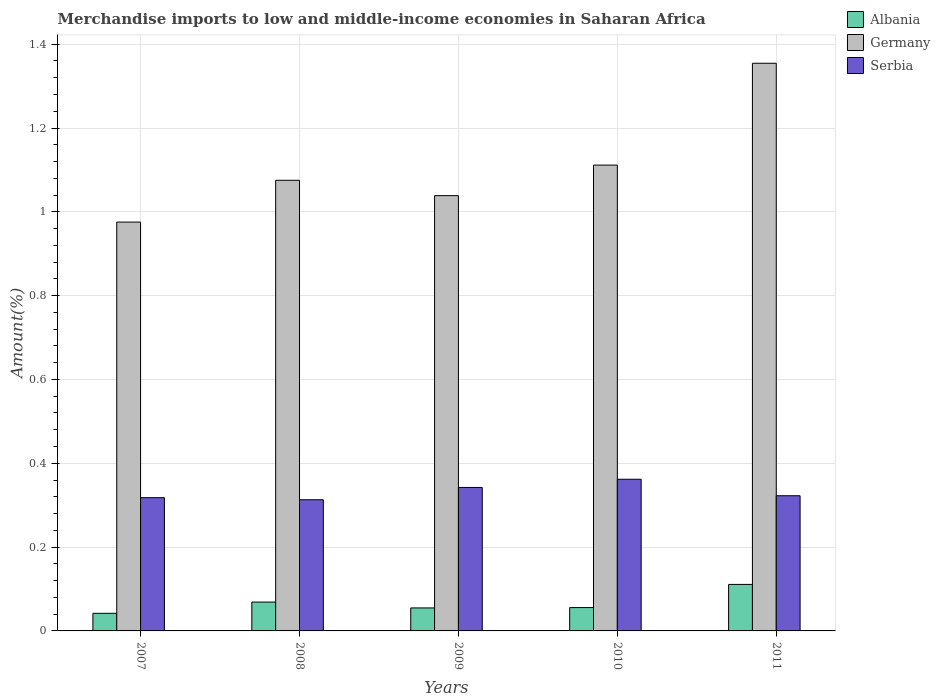
| Years | Albania | Germany | Serbia |
 | --- | --- | --- | --- |
 | 2007 | 0.042 | 0.976 | 0.318 |
 | 2008 | 0.0688 | 1.08 | 0.313 |
 | 2009 | 0.0549 | 1.04 | 0.342 |
 | 2010 | 0.0557 | 1.11 | 0.362 |
 | 2011 | 0.111 | 1.35 | 0.323 |